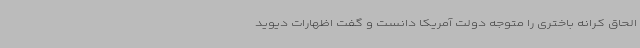
الحاق کرانه باختری را متوجه دولت آمریکا دانست و گفت اظهارات دیوید